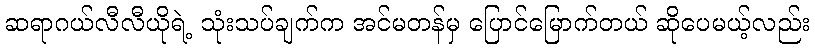
ဆရာဂယ်လီလီယိုရဲ့ သုံးသပ်ချက်က အင်မတန်မှ ပြောင်မြောက်တယ် ဆိုပေမယ့်လည်း